Bulletin of the Pasteur Institute of Southern India, Coonoor - No. 2.
Year: 1909
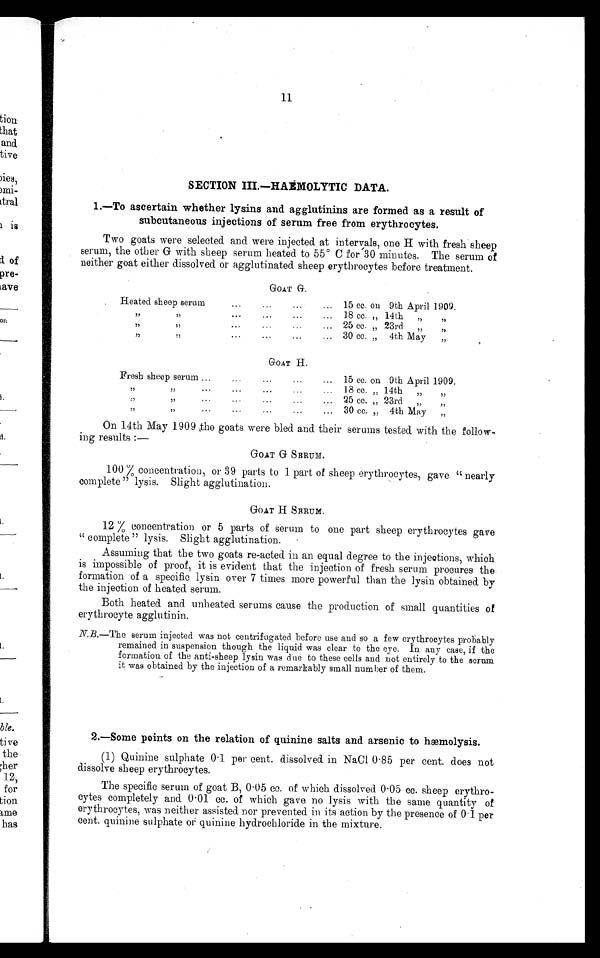
11
SECTION III.—HAEMOLYTIC DATA.
1.—To ascertain whether lysins and agglutinins are formed as a result of
subcutaneous injections of serum free from erythrocytes.
Two goats were selected and were injected. at intervals, one H with fresh sheep
serum, the other G with sheep serum heated to 55ºC for 30 minutes. The serum of
neither goat either dissolved. or agglutinated sheep erythrocytes before treatment.
GOAT G.
.
Heated sheep serum
...
. . . . ..
15 cc. on 9th April 1909.
... 18 cc. „ 14th
... 25 cc. „ 23rd
... 30 cc. „ 4th May
GOAT H.
Fresh sheep serum
15 cc. on 9th April 1909.
. . .
. . .
. . .
. . .
18 cc. „ 14th
25 cc. „ 23rd
30 cc. „ 4th May
On 14th May 1909 the goats were bled and their serums tested. with the follow-
ing results :-
GOAT G SERUM.
100% concentration, or 39 parts to 1 part of sheep erythrocytes, gave "nearly
complete" lysis. Slight agglutination.
GOAT H SERUM.
12 % concentration or 5 parts of serum to one part sheep erythrocytes gave
"complete" lysis. Slight agglutination.
Assuming that the two goats re-acted in an equal degree to the injections, which
is impossible of proof, it is evident that the injection of fresh serum procures the
formation of a specific lysin over 7 times more powerful than the lysin obtained. by
the injection of heated. serum.
Both heated and unheated serums cause the production of small quantities of
erythrocyte agglutinin.
N.B.—The serum injected was not centrifugated before use and so a few erythrocytes probably
remained in suspension though the liquid was clear to the eye. In any case, if the
formation of the anti-sheep lysin was due to these cells and not entirely to the serum
it was obtained by the injection of a remarkably small number of them.
2.—Some points on the relation of quinine salts and arsenic to hæmolysis.
(1) Quinine sulphate 0 . 1 per cent. dissolved. in NaCl 0 . 85 per cent. does not
dissolve sheep erythrocytes.
The specific serum of goat B, 0 . 05cc. of which dissolved 0 . 05 cc. sheep erythro-
cytes completely and. 0 . 01cc. of which gave no lysis with the same quantity of
erythrocytes, was neither assisted nor prevented in its action by the presence of 0 . 1 per
cent. quinine sulphate or quinine hydrochloride in the mixture.